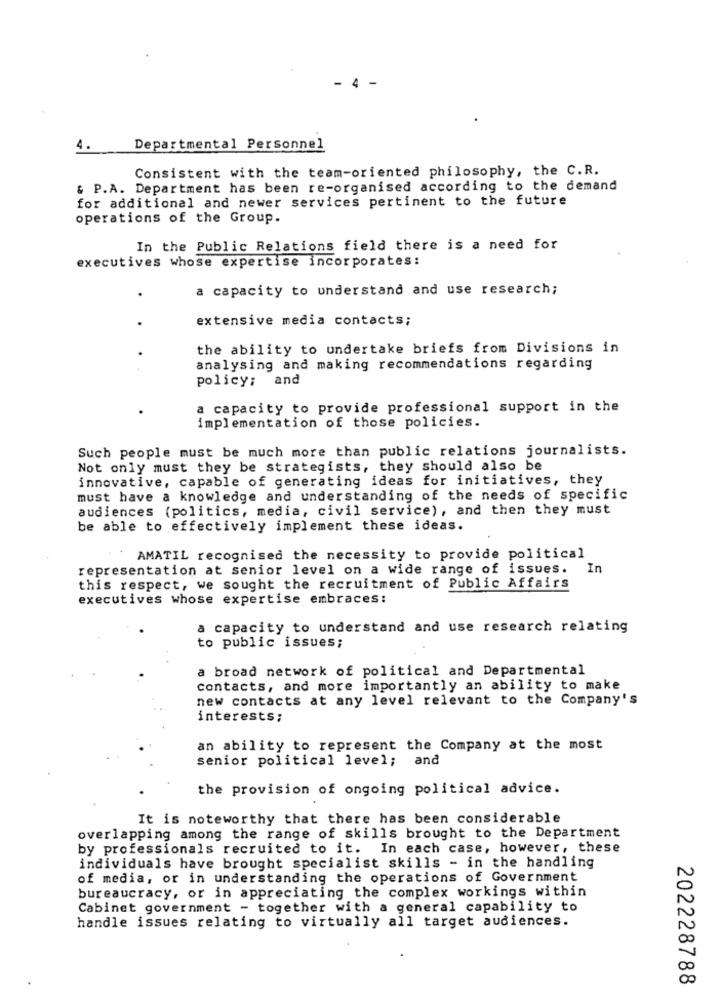
4 -
4.
Departmental Personnel
Consistent with the team-oriented philosophy, the C.R.
& P.A. Department has been re-organised according to the demand
for additional and newer services pertinent to the future
operations of the Group.
In the Public Relations field there is a need for
executives whose expertise incorporates:
a capacity to understand and use research;
extensive media contacts;
the ability to undertake briefs from Divisions in
analysing and making recommendations regarding
policy:
and
a capacity to provide professional support in the
implementation of those policies.
Such people must be much more than public relations journalists.
Not only must they be strategists, they should also be
innovative, capable of generating ideas for initiatives, they
must have a knowledge and understanding of the needs of specific
audiences (politics, media, civil service), and then they must
be able to effectively implement these ideas.
AMATIL recognised the necessity to provide political
representation at senior level on a wide range of issues. In
this respect, we sought the recruitment of Public Affairs
executives whose expertise embraces:
a capacity to understand and use research relating
to public issues;
a broad network of political and Departmental
contacts, and more importantly an ability to make
new contacts at any level relevant to the Company's
interests;
an ability to represent the Company at the most
senior political level; and
the provision of ongoing political advice.
It is noteworthy that there has been considerable
overlapping among the range of skills brought to the Department
by professionals recruited to it. In each case, however, these
individuals have brought specialist skills - in the handling
of media, or in understanding the operations of Government
bureaucracy, or in appreciating the complex workings within
Cabinet government - together with a general capability to
handle issues relating to virtually all target audiences.
202228788